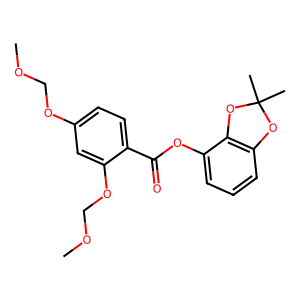
SMILES: COCOc1ccc(C(=O)Oc2cccc3c2OC(C)(C)O3)c(OCOC)c1
Inhibits HIV replication: No